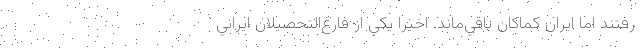
رفتند اما ايران كماكان باقي‌ماند. اخيرا يكي از فارغ‌التحصيلان ايراني